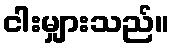
ငါးမျှားသည်။